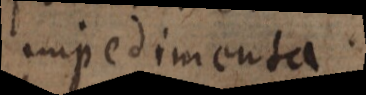
impedimenta.